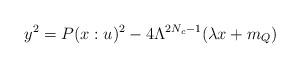
LaTeX: \begin{align*}y^2=P(x:u)^2 - 4\Lambda^{2N_{c}-1}(\lambda x+m_Q) \end{align*}